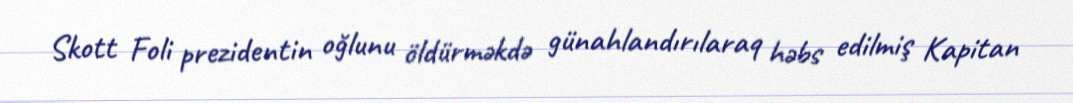
Skott Foli prezidentin oğlunu öldürməkdə günahlandırılaraq həbs edilmiş Kapitan